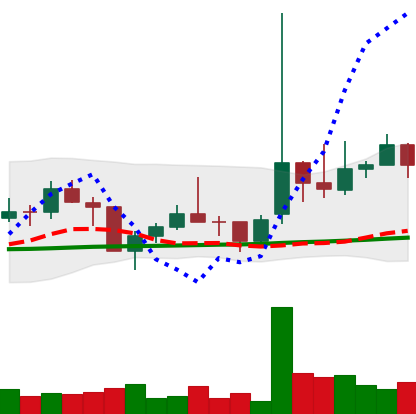
Ticker: TRX-USD
Chart end date: 2021-02-04
Forward return: 38.765%
Label: up_7plus